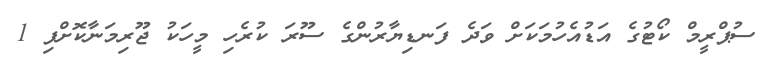
ސުޕްރީމް ކޯޓުގެ އަޑުއެހުމަކަށް ވަދެ ފަނޑިޔާރުންގެ ސޫރަ ކުރެހި މީހަކު ޖޫރިމަނާކޮށްފި 1